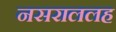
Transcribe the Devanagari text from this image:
नसराललह